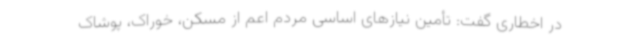
در اخطاری گفت: تأمین نیازهای اساسی مردم اعم از مسکن، خوراک، پوشاک